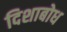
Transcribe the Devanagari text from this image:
दिशाबोध